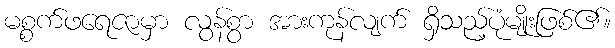
မစ္စက်ဖရေဇာမှာ လွန်စွာ အားကုန်လျက် ရှိသည့်ပုံမျိုးဖြစ်၏။